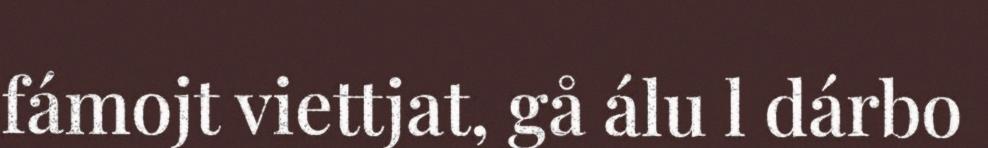
fámojt viettjat, gå álu l dárbo